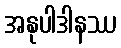
အနုပါဒါနဿ